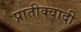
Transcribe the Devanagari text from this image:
प्रातीक्वादी